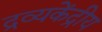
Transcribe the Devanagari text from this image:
द्रव्यकेंद्रीय